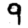
Digit: 9